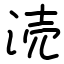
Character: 涜